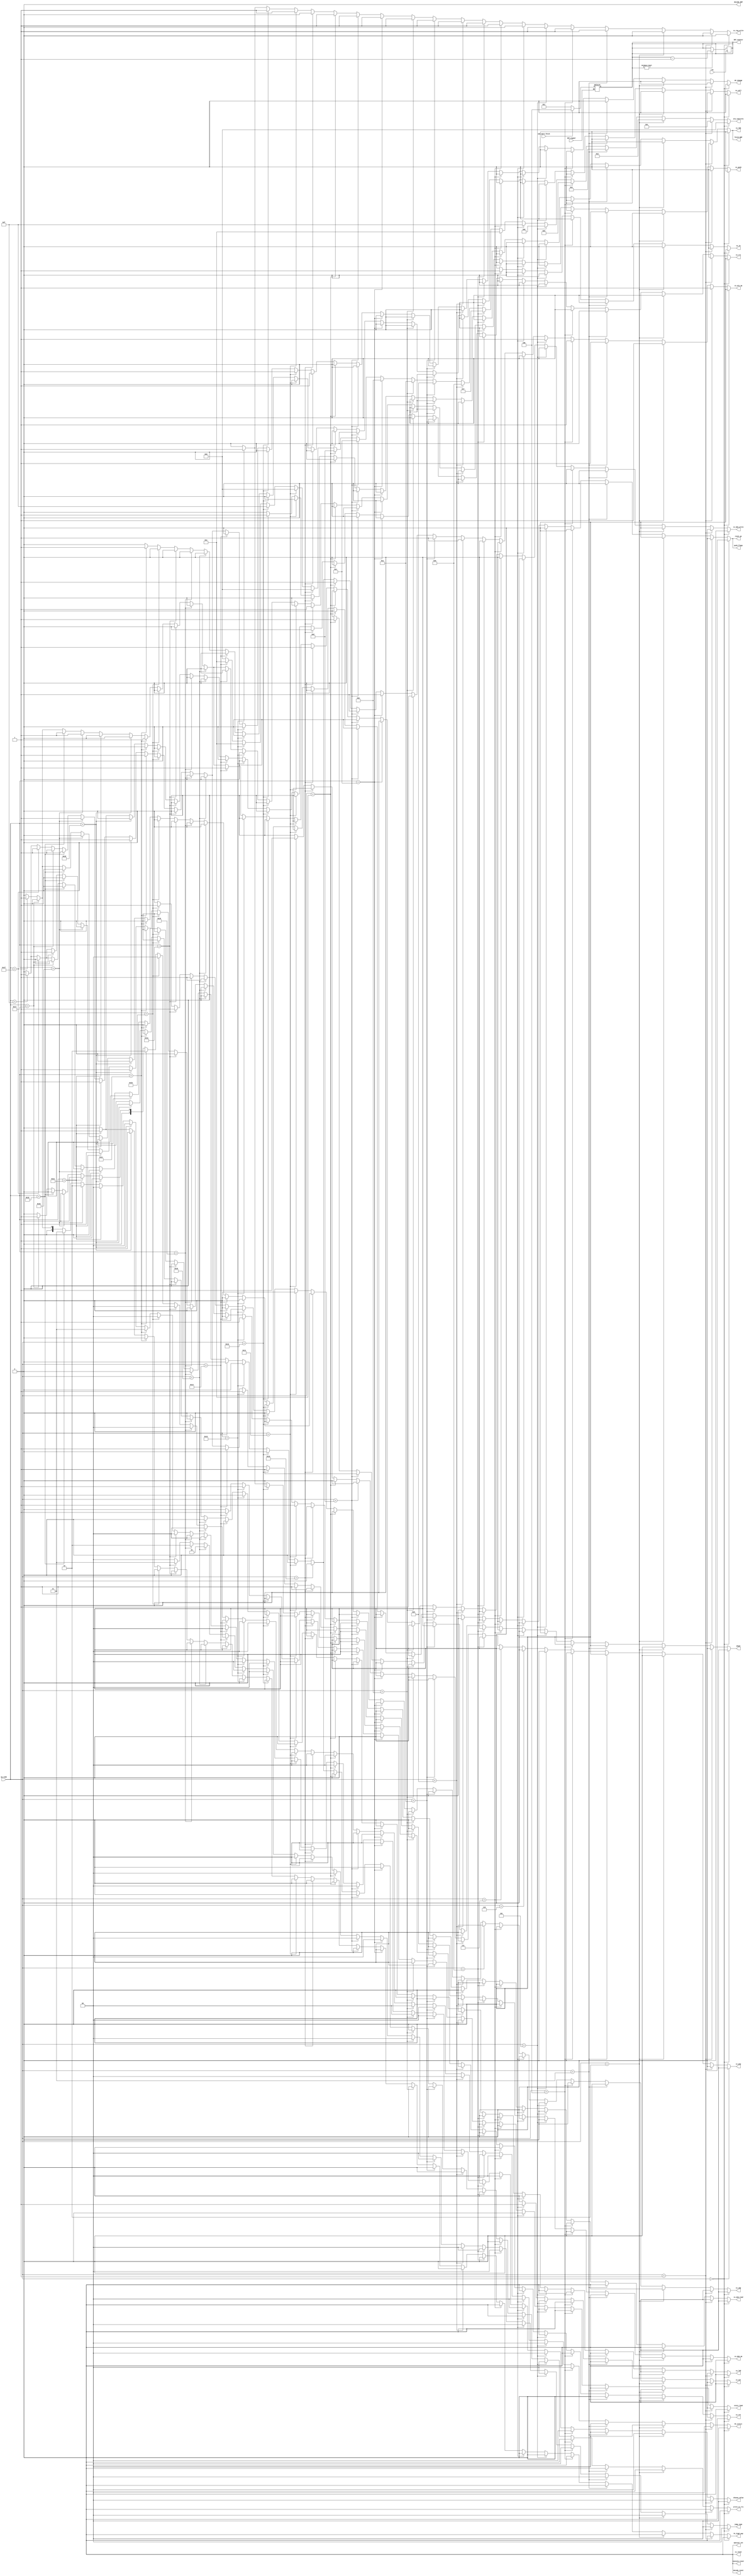
module control_unit #(parameter N=5, Num_alu=4)(
 op_code
 ,INT_signal
 ,clk
 ,one_more_fetch
 //------------ outputs --------------//
 ,alu_controls
 ,chosen_value
 ,store_load
 ,cs_ldm
 ,cs_push
,SP_change
,PC_select
,jump_type
,cs_jmp
,cs_call
,cs_in
,cs_out
,cs_mem_read
,cs_mem_write
,cs_reg_write
,special_int
,cs_reset
,cs_alu_op
,cs_mem_op
,shamt
,reset_pc
,push_flags
,Pc_high_pop
,cs_ret
,fetch_NOP
,decode_reset
,execute_reset
,decode_NOP
,cs_rti
,INT_counter
,write_cs_rti
//,CALL_branch
,cs_pop
,cs_ldd);

input [N-1:0] op_code;
input INT_signal,clk,one_more_fetch;
output reg[Num_alu-1:0] alu_controls;
output reg[1:0] chosen_value, PC_select, jump_type;//, INT_counter;
output reg[2:0] INT_counter;

output reg store_load,cs_ldm,cs_push,SP_change,cs_jmp,cs_call,cs_in,cs_out,
cs_mem_read,cs_mem_write,cs_reg_write,special_int,cs_reset,cs_alu_op,cs_mem_op,
shamt,reset_pc,push_flags,Pc_high_pop,cs_ret,fetch_NOP,decode_reset,execute_reset
,decode_NOP,cs_rti,write_cs_rti,cs_pop,cs_ldd;//,CALL_branch
	   
//if op_code = zeros (buffer after fetch has been reset) then all controls = zero
//out in nop not inc dec mov add sub and or shl shr
always @(*)
begin
	alu_controls = 0;
	  chosen_value= 0;
	  store_load= 0;
	  cs_ldm = 0;
	  cs_push  = 0;
	 SP_change = 0;
	 PC_select = 0;
	 jump_type = 0;
	 cs_jmp = 0;
	 cs_call = 0;
	 cs_in = 0;
	 cs_out = 0;
	 cs_mem_read = 0;
	 cs_mem_write = 0;
	 cs_reg_write = 0;
	 special_int = 0;
	 cs_reset = 0;
	 cs_alu_op = 0;
	 cs_mem_op = 0;
	 shamt = 0;
	 reset_pc = 0;
	 push_flags = 0;
	 Pc_high_pop = 0;
	 cs_ret = 0;
	 fetch_NOP = 0;
	 decode_reset = 0;
	 execute_reset = 0;
	 decode_NOP = 0;
	 cs_rti = 0;
	 //Do not do that: INT_counter = 0;
	 write_cs_rti = 0;
	// CALL_branch = 0;
	 cs_pop = 0;
	 cs_ldd = 0;//1'b0;

	 
	//NOP
	if(op_code == 5'b0_0000)
	begin			
	end
	//SETC
	else if(op_code == 5'b0_0001)
	begin
		cs_alu_op=1'b1;
		alu_controls = 4'b0001;
	end
	//CLRC
	else if(op_code == 5'b0_0010)
	begin 
		cs_alu_op=1'b1;
		alu_controls = 4'b0010;
	end
	//NOT
	else if(op_code == 5'b0_0011)
	begin
		alu_controls = 4'b0100;
		cs_alu_op = 1'b1;
		cs_reg_write =1'b1;
	end	
	//INC
	else if(op_code == 5'b0_0100)
	begin
		alu_controls=4'b0101;
		 cs_alu_op=1'b1;
		 cs_reg_write =1'b1;	
	end
	//DEC
	else if(op_code == 5'b0_0101)
	begin
		alu_controls=4'b0110;
		 cs_alu_op=1'b1;
		 cs_reg_write =1'b1;	
	end
	//OUT
	else if(op_code == 5'b0_0110)
	begin
		alu_controls=4'b1111;
	     // cs_alu_op=1'b1;
		 // cs_reg_write =1'b1;	
		 cs_out = 1'b1;
	end
	//IN
	else if(op_code == 5'b0_0111)
	begin
		alu_controls=4'b1110;
		// cs_alu_op=1'b1;
		 cs_reg_write =1'b1;
		cs_in =1'b1;//**
	end
	//MOV
	else if(op_code == 5'b0_1000)
	begin
		alu_controls=4'b0111;
		// cs_alu_op=1'b1;
		 cs_reg_write =1'b1;	
	end
	//ADD
	else if(op_code == 5'b0_1001)
	begin
		 alu_controls=4'b1000;
		 cs_alu_op=1'b1;
		 cs_reg_write =1'b1;		 
	end
	//SUB
	else if(op_code == 5'b0_1010)
	begin
		alu_controls=4'b1001;
		 cs_alu_op=1'b1;
		 cs_reg_write =1'b1;	
	end
	//AND
	else if(op_code == 5'b0_1011)
	begin
		alu_controls=4'b1010;
		 cs_alu_op=1'b1;
		 cs_reg_write =1'b1;	
	end
	//OR
	else if(op_code == 5'b0_1100)
	begin
		alu_controls=4'b1011;
		 cs_alu_op=1'b1;
		 cs_reg_write =1'b1;	
	end
	//SHL
	else if(op_code == 5'b0_1101)
	begin
		alu_controls=4'b1100;
		 cs_alu_op=1'b1;
		 cs_reg_write =1'b1;
		shamt=1'b1;	 
	end
	//SHR
	else if(op_code == 5'b0_1110)
	begin
		alu_controls=4'b1101;
		 cs_alu_op=1'b1;
		 cs_reg_write =1'b1;
		shamt =1'b1;
	end
	//PUSH
	else if(op_code == 5'b1_0000)
	begin
		cs_push = 1'b1;
		cs_mem_op = 1'b1;
		cs_mem_write = 1'b1;
		SP_change = 1'b1;
		chosen_value  =2'b00;
	end
	//POP
	else if(op_code == 5'b1_0001)
	begin
		cs_pop = 1'b1;
		cs_mem_op = 1'b1;
		cs_mem_read = 1'b1;
		SP_change = 1'b1;
		cs_reg_write = 1'b1;
	end
	//LDM
	else if(op_code == 5'b1_0010)
	begin
		alu_controls=4'b1111;
		// cs_alu_op=1'b1;
		cs_reg_write = 1'b1;
		cs_ldm =1'b1;
		fetch_NOP=1'b1;
		cs_mem_op=1'b1;	 
	end
	//LDD
	else if(op_code == 5'b1_0011)
	begin
		alu_controls=4'b1110; //same as IN
		// cs_alu_op=1'b1;
		store_load  =1'b1;
		cs_mem_op  =1'b1;
		cs_mem_read  =1'b1;
		cs_reg_write  =1'b1;
		cs_ldd = 1'b1;
	end
	//STD
	else if(op_code ==5'b1_0100 )
	begin
		alu_controls=4'b1110; //same as IN
		// cs_alu_op=1'b1;
		store_load  =1'b1;
		cs_mem_op  =1'b1;
		cs_mem_write  =1'b1;
		chosen_value  =2'b00;
	end
	//JZ
	else if(op_code == 5'b1_1000)
	begin
		jump_type = 2'b01;
		//fetch_NOP = 1'b1;
		// CALL_branch = 1'b1;
		cs_jmp  = 1'b1;
	end
	//JN
	else if(op_code == 5'b1_1001)
	begin
		jump_type = 2'b10 ;
		//fetch_NOP = 1'b1;
		// CALL_branch = 1'b1;
		cs_jmp  = 1'b1;
	end
	//JC
	else if(op_code == 5'b1_1010)
	begin
		jump_type = 2'b11 ;
		//fetch_NOP = 1'b1;
		// CALL_branch = 1'b1;
		cs_jmp  = 1'b1;
	end
	//JMP
	else if(op_code == 5'b1_1011)
	begin
		jump_type = 2'b00 ;
		//fetch_NOP = 1'b1;
		// CALL_branch = 1'b1;
		cs_jmp  = 1'b1;
	end
	
	//CALL ==> same control signals as :puch_pc_low
	else if(op_code == 5'b1_1100)
	begin
		// CALL_branch = 1'b1;
		cs_call = 1'b1;
		cs_push = 1'b1;
		cs_mem_op = 1'b1;
		cs_mem_write = 1'b1;
		SP_change = 1'b1;
		chosen_value  =2'b11;
		PC_select = 2'b10; 
	end
	//RET ==>pop pc_high
	else if(op_code == 5'b1_1101)
	begin
		cs_mem_op = 1'b1;
		cs_ret = 1'b1;
		SP_change = 1'b1;
		cs_mem_read = 1'b1;
		Pc_high_pop = 1'b1;
		//PC_select = 2'b01; 
		//Do NOT do that :fetch_NOP = 1'b1;
		//as i need to overwrite the readed instructionin the fetch buffer to be pop_pc_low
	end
	//RTI ==>pop pc_high
	else if(op_code == 5'b1_1110)
	begin
		cs_rti = 1'b1;
		// write_cs_rti = 1'b1;
		cs_mem_op = 1'b1;
		SP_change = 1'b1;
		cs_mem_read = 1'b1;
		Pc_high_pop = 1'b1;
		//PC_select = 2'b01; 
		//Do NOT do that :fetch_NOP = 1'b1;
		//as i need to overwrite the readed instructionin the fetch buffer to be pop_pc_low
		
	end
	//-------------------------------- special instruction ----------------------//
	//NOTE: there is no special instruction for pop_pc_high
	//puch_pc_high .. ..
	else if(op_code == 5'b1_0110)
	begin
		//special_int =1'b1;
		cs_push = 1'b1;
		cs_mem_op = 1'b1;
		cs_mem_write = 1'b1;
		SP_change = 1'b1;
		chosen_value  =2'b10;
	end
	//puch_pc_low ..
	else if(op_code == 5'b1_0101)
	begin
		//special_int =1'b1;
		cs_push = 1'b1;
		cs_mem_op = 1'b1;
		cs_mem_write = 1'b1;
		SP_change = 1'b1;
		chosen_value  =2'b11;
	end
	//pop_pc_low ..
	else if(op_code == 5'b1_0111)
	begin
		//special_int =1'b1;
		cs_mem_op = 1'b1;
		SP_change = 1'b1;
		cs_mem_read = 1'b1;
		PC_select = 2'b01;
		//m.s: fetch_NOP = 1'b1;		
	end
	//push_flags ..
	else if(op_code == 5'b1_1111)
	begin
		//special_int =1'b1;
		 reset_pc =1'b1;
		push_flags =1'b1;
		cs_push = 1'b1;
		cs_mem_op = 1'b1;
		cs_mem_write = 1'b1;
		SP_change = 1'b1;
		chosen_value  =2'b01;
	end
	//pop_flags
	else if(op_code == 5'b0_1111)
	begin
		//special_int =1'b1;
		cs_mem_op = 1'b1;
		cs_mem_read = 1'b1;
		SP_change = 1'b1;
		//cs_reg_write = 1'b1;
		
		//reset the buffer of previus cs_rti:
		 write_cs_rti = 1'b1;
		// cs_rti = 1'b0;
		
		//make cs_alu_op=1'b1 as we want to enable the flag write_enable
		cs_alu_op=1'b1;
		
	end
	//-------------- int ---------------//
	if(INT_signal)//assume the int siganl is stable for one cycle negedge+ something to posedge-something
	begin
		// INT_counter =2'b11;
		/*if(still_in)
		begin
			
		end
		else*/ if(one_more_fetch)
		begin
			INT_counter =3'b100;
		end
		else
		begin
			INT_counter =3'b011;
		end
	end
		
	
end

always @(negedge clk) begin
	if(INT_counter != 3'b000)
	begin
		INT_counter = INT_counter-1;
	end
end

endmodule